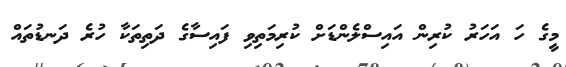
މީގެ ހަ އަހަރު ކުރިން އައިސްލެންޑަށް ކުރިމަތިވި ފައިސާގެ ދަތިތަކާ ހުރެ ދަނޑުތައް